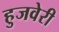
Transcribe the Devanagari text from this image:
हुजवेरी